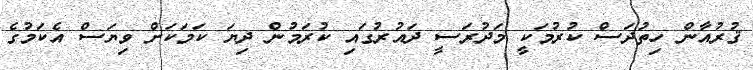
ޤުރުއާން ހިތުދަސް ކުރުމަކީ މަދުރަސީ ދައުރުގައި ކުރަމުން ދިޔަ ކަމަކަށް ވިޔަސް އެކަމުގެ